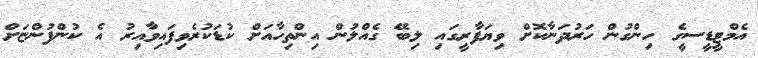
އެމްޓީޑީސީގެ ހިންގުން ހަރުދަނާކޮށް ވިޔަފާރީގައި ލިބޭ ގެއްލުން އިންތިހާއަށް ކުޑަކުރެވިފައިވާއިރު އެ ކުންފުންޏަށް